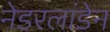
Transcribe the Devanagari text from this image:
नेडरलांडेन